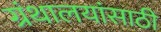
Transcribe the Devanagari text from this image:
ग्रंथालयांसाठी